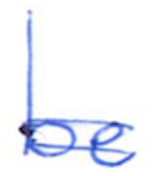
Text: be
Cross-out: double-line
Writing tool: ballpoint